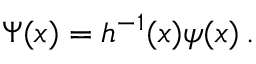
\Psi ( x ) = h ^ { - 1 } ( x ) \psi ( x ) \, .